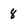
Character: 8